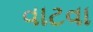
વાટવા